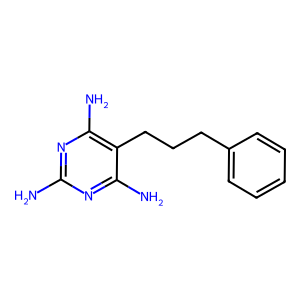
SMILES: Nc1nc(N)c(CCCc2ccccc2)c(N)n1
Inhibits HIV replication: No